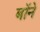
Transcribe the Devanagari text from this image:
बॉने